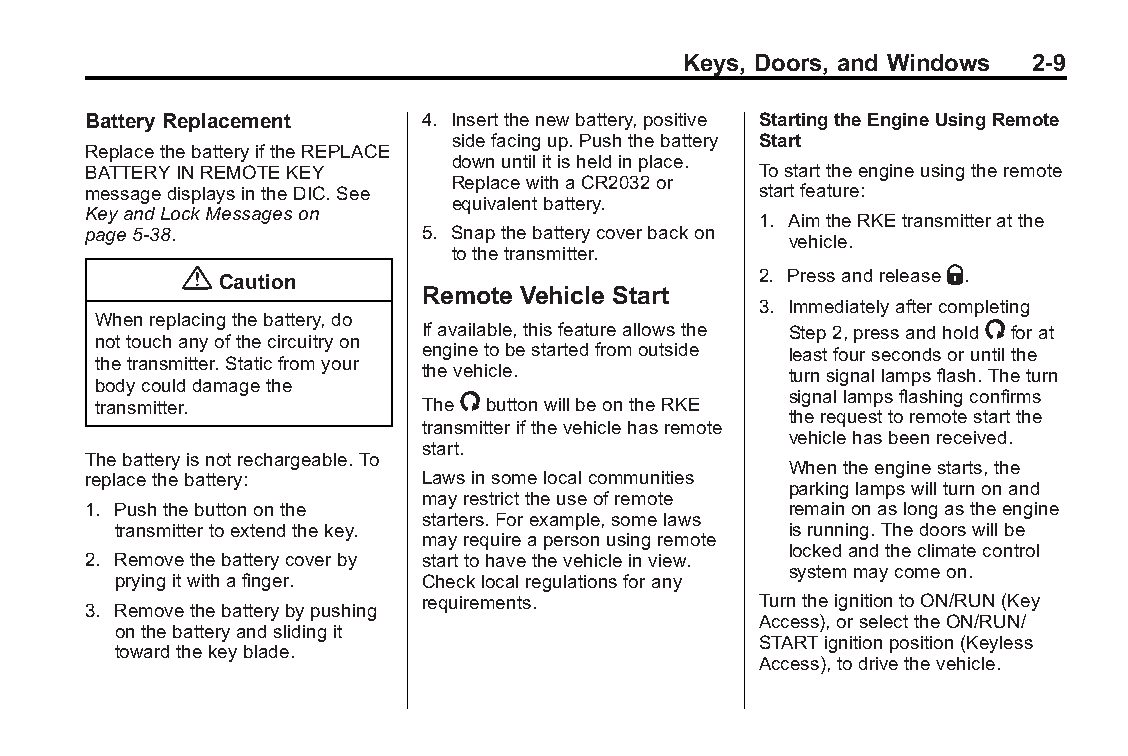
Buick LaCrosse Owner Manual (GMNA-Localizing-U.S./Canada/Mexico- Blackplate(9,1)
 6043609)-2014-2ndEdition-10/24/13
 Keys, Doors, and Windows 2-9
 Battery Replacement    4. Insertthenewbattery,positive StartingtheEngineUsingRemote
 sidefacingup.Pushthebattery Start
 ReplacethebatteryiftheREPLACE
 downuntilitisheldinplace.
 BATTERYINREMOTEKEY                           Tostarttheengineusingtheremote
 ReplacewithaCR2032or
 messagedisplaysintheDIC.See                  startfeature:
 equivalentbattery.
 KeyandLockMessageson
 1. AimtheRKEtransmitteratthe
 page5-38.              5. Snapthebatterycoverbackon
 vehicle.
 tothetransmitter.
 { Caution                             2. PressandreleaseQ.
 Remote Vehicle Start
 3. Immediatelyaftercompleting
 Whenreplacingthebattery,do
 Ifavailable,thisfeatureallowsthe Step2,pressandhold/forat
 nottouchanyofthecircuitryon
 enginetobestartedfromoutside leastfoursecondsoruntilthe
 thetransmitter.Staticfromyour
 thevehicle.             turnsignallampsflash.Theturn
 bodycoulddamagethe
 transmitter.
 The/buttonwillbeontheRKE signallampsflashingconfirms
 therequesttoremotestartthe
 transmitterifthevehiclehasremote
 vehiclehasbeenreceived.
 start.
 Thebatteryisnotrechargeable.To
 Whentheenginestarts,the
 replacethebattery:     Lawsinsomelocalcommunities
 parkinglampswillturnonand
 mayrestricttheuseofremote
 1. Pushthebuttononthe                          remainonaslongastheengine
 starters.Forexample,somelaws
 transmittertoextendthekey.                   isrunning.Thedoorswillbe
 mayrequireapersonusingremote
 lockedandtheclimatecontrol
 2. Removethebatterycoverby starttohavethevehicleinview.
 systemmaycomeon.
 pryingitwithafinger. Checklocalregulationsforany
 requirements.         TurntheignitiontoON/RUN(Key
 3. Removethebatterybypushing
 Access),orselecttheON/RUN/
 onthebatteryandslidingit
 STARTignitionposition(Keyless
 towardthekeyblade.
 Access),todrivethevehicle.